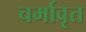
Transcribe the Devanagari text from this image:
चर्मावृत